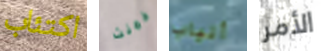
اكتئاب خمنت أنياب الأمر